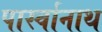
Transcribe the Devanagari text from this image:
पार्स्‍वानाथ